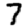
Digit: 7